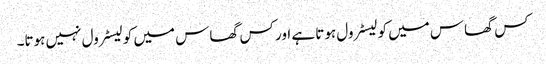
کس گھاس میں کولیسٹرول ہوتا ہے اور کس گھاس میں کولیسٹرول نہیں ہوتا۔